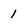
Character: 1